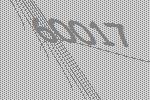
60017